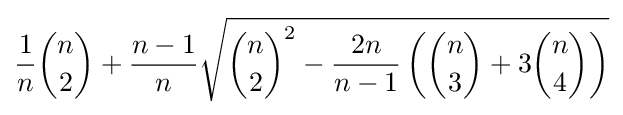
{\frac {1}{n}}{\binom {n}{2}}+{\frac {n-1}{n}}{\sqrt {{\binom {n}{2}}^{2}-{\frac {2n}{n-1}}\left({\binom {n}{3}}+3{\binom {n}{4}}\right)}}